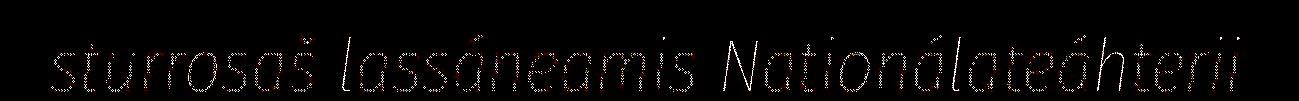
sturrosaš lassáneamis Nationálateáhterii